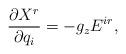
LaTeX: \begin{align*} \frac{\partial X^r}{\partial q_i} &= -g_zE^{ir}, \end{align*}